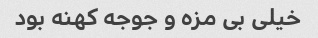
خیلی بی مزه و جوجه کهنه بود